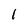
Character: 1